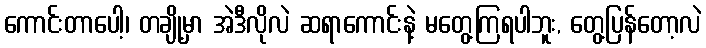
ကောင်းတာပေါ့၊ တချို့မှာ အဲဒီလိုလဲ ဆရာကောင်းနဲ့ မတွေ့ကြရပါဘူး, တွေ့ပြန်တော့လဲ